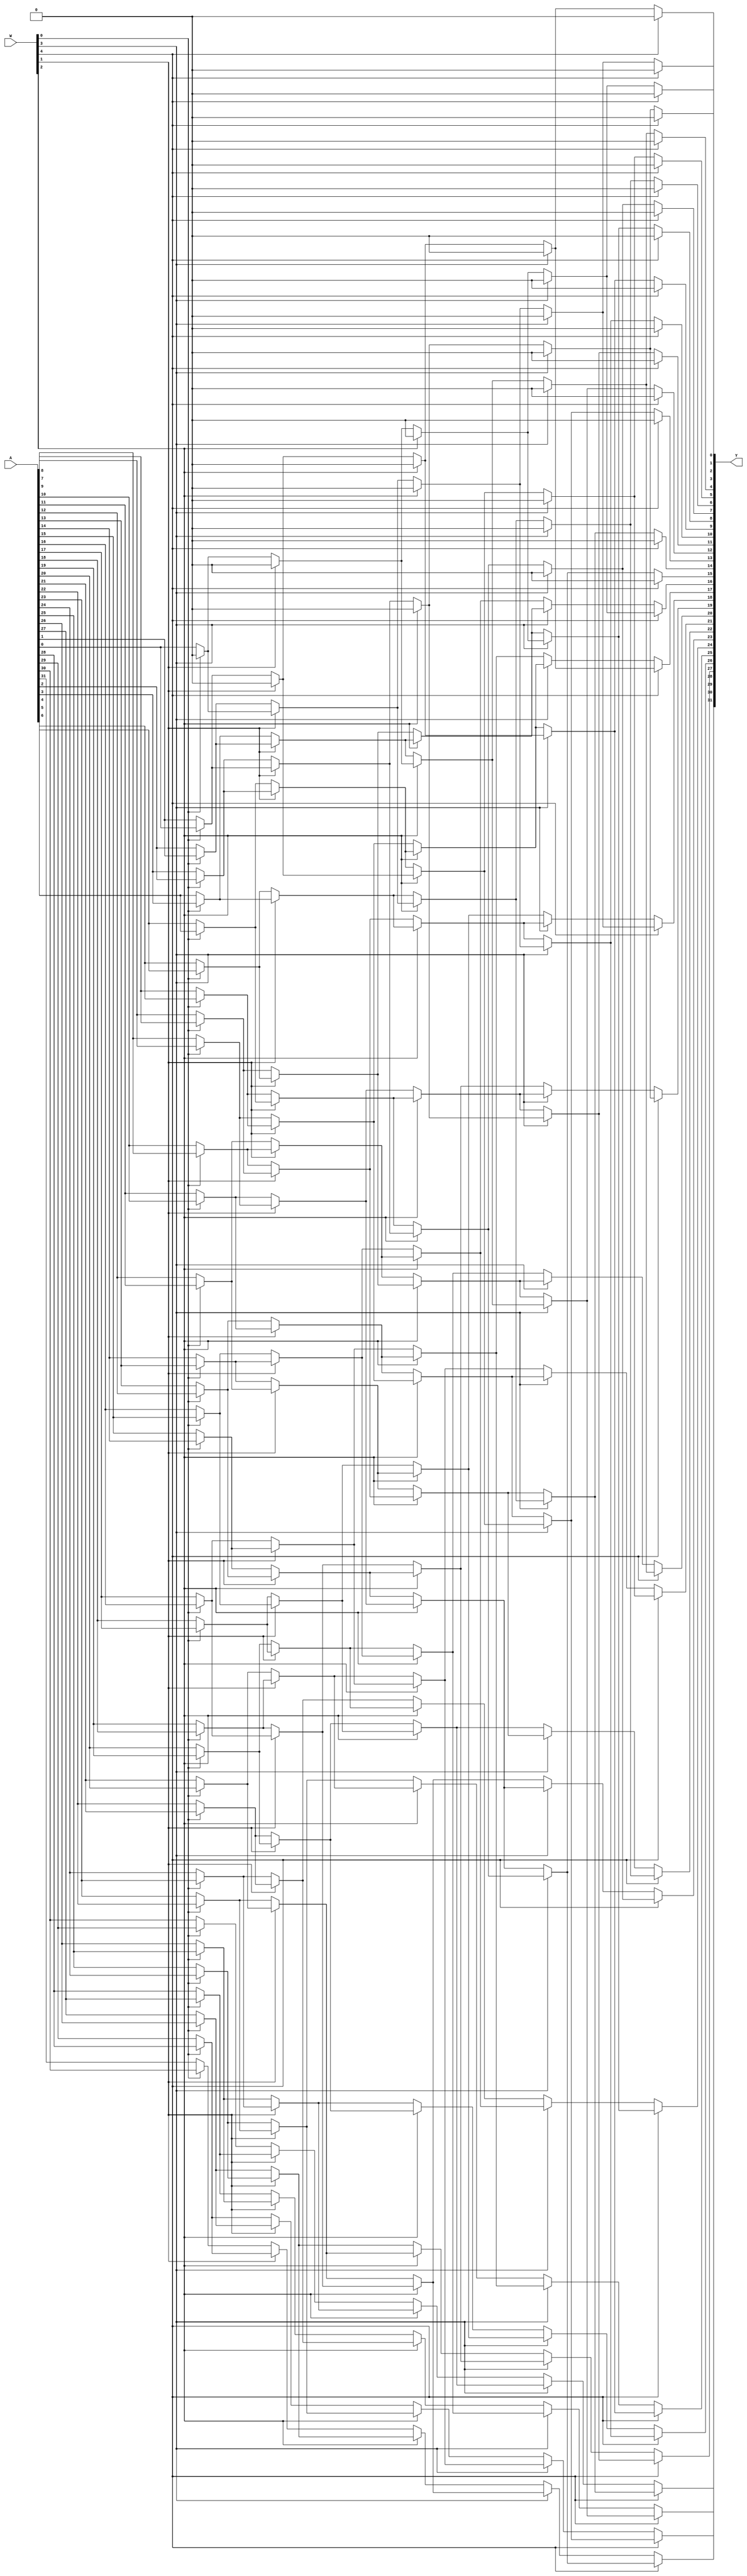
module LeftBarrelShifterB #
(
    parameter WIDTH = 32
)
(
    input  wire [$clog2(WIDTH) - 1 : 0] W,
    input  wire [WIDTH         - 1 : 0] A,
    output wire [WIDTH         - 1 : 0] Y
);

wire [WIDTH - 1 : 0] M [$clog2(WIDTH) : 0];

genvar i;
genvar j;
generate
    for(i = 0; i < $clog2(WIDTH); i = i + 1)
    begin
        for(j = 0; j < WIDTH; j = j + 1)
        begin
            if(j - 2 ** i >= 0)
            begin
                assign M[i + 1][j] = W[i] ? M[i][j - 2 ** i] : M[i][j];
            end
            else
            begin
                assign M[i + 1][j] = W[i] ? 1'b0 : M[i][j];
            end
        end
    end
endgenerate

assign M[0] = A;
assign Y = M[$clog2(WIDTH)];

endmodule